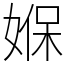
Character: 媬